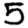
Digit: 5